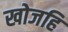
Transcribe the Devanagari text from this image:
खोजहि